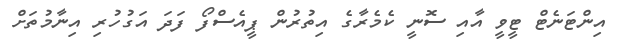
އިންޓަނެޓް ޓީވީ އާއި ސޮނީ ކެމެރާގެ އިތުރުން ޕީއެސްފޯ ފަދަ އަގުހުރި އިނާމުތަށް